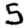
Digit: 5